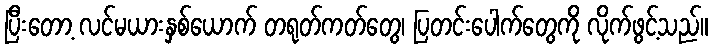
ပြီးတော့ လင်မယားနှစ်ယောက် တရုတ်ကတ်တွေ၊ ပြတင်းပေါက်တွေကို လိုက်ဖွင့်သည်။